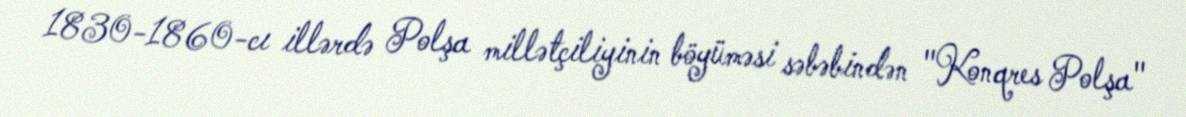
1830-1860-cı illərdə Polşa millətçiliyinin böyüməsi səbəbindən "Konqres Polşa"